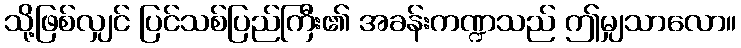
သို့ဖြစ်လျှင် ပြင်သစ်ပြည်ကြီး၏ အခန်းကဏ္ဍသည် ဤမျှသာလော။